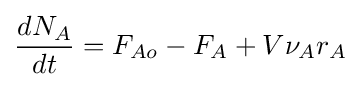
{\frac {dN_{A}}{dt}}=F_{Ao}-F_{A}+V\nu _{A}r_{A}